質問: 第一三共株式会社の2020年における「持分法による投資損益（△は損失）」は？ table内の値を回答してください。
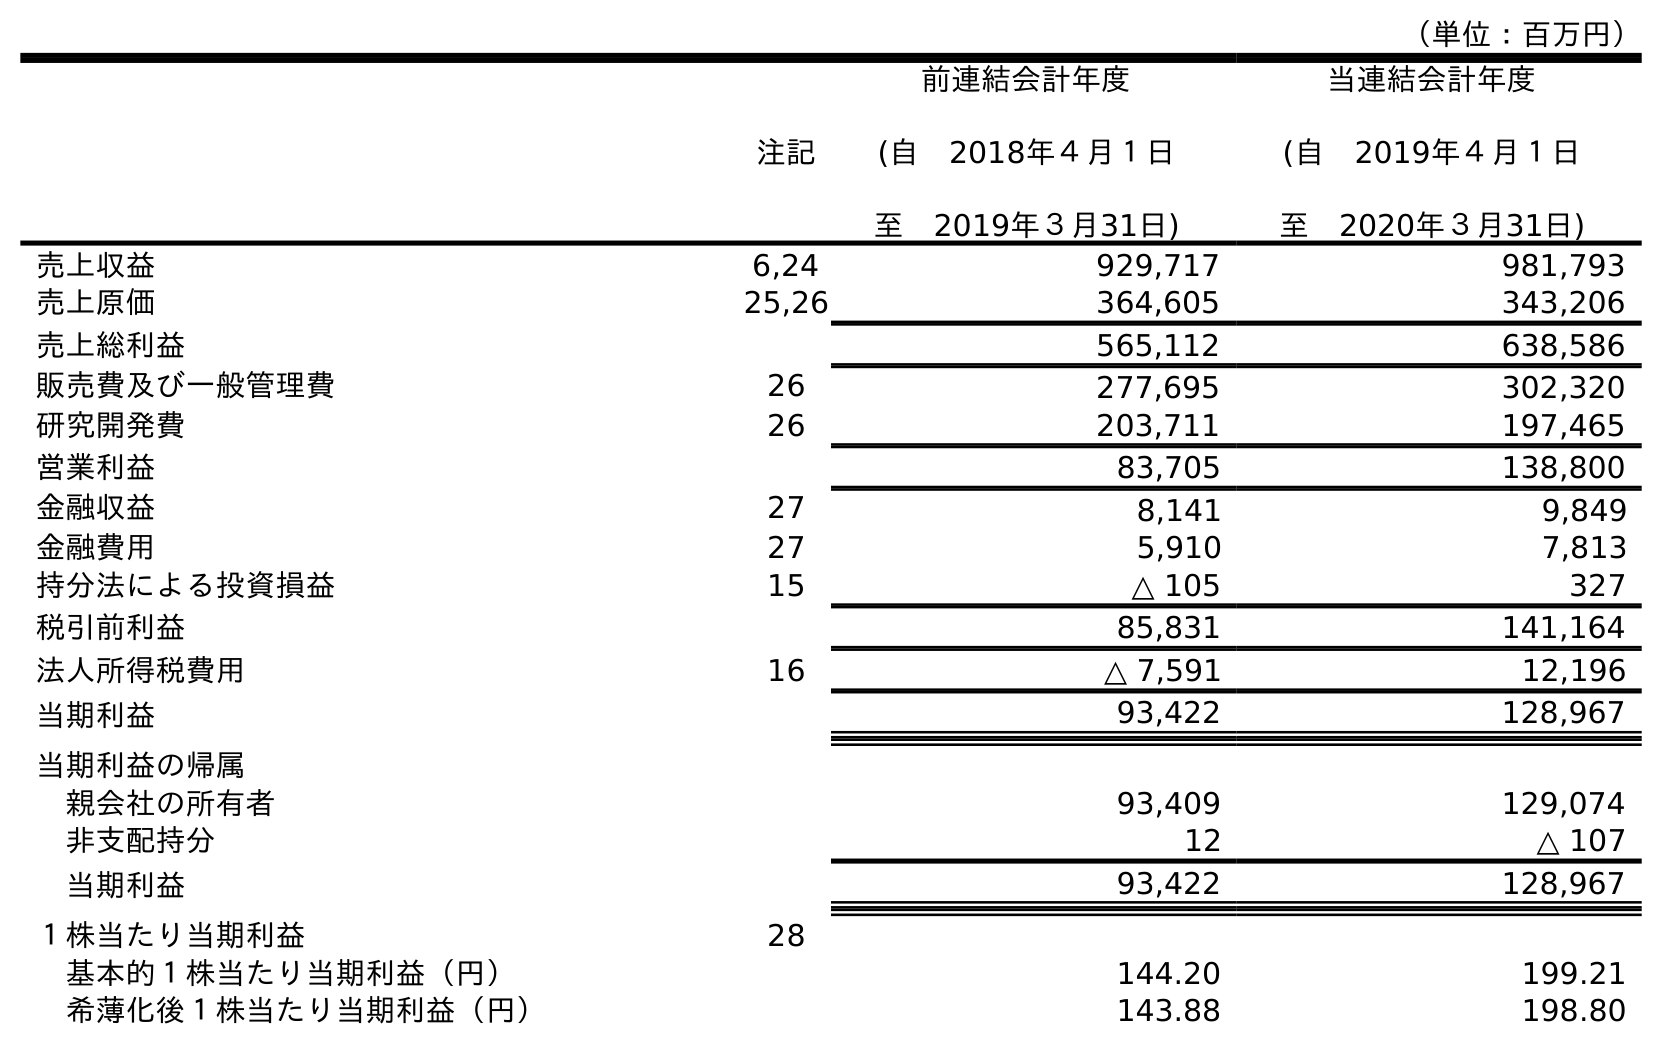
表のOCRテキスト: （単位：百万円） 注記 前連結会計年度 (自 2018年４月１日 至 2019年３月31日) 当連結会計年度 (自 2019年４月１日 至 2020年３月31日) 売上収益 6,24 929,717 981,793 売上原価 25,26 364,605 343,206 売上総利益 565,112 638,586 販売費及び一般管理費 26 277,695 302,320 研究開発費 26 203,711 197,465 営業利益 83,705 138,800 金融収益 27 8,141 9,849 金融費用 27 5,910 7,813 持分法による投資損益 15 △ 105 327 税引前利益 85,831 141,164 法人所得税費用 16 △ 7,591 12,196 当期利益 93,422 128,967 当期利益の帰属 親会社の所有者 93,409 129,074 非支配持分 12 △ 107 当期利益 93,422 128,967 １株当たり当期利益 28 基本的１株当たり当期利益（円） 144.20 199.21 希薄化後１株当たり当期利益（円） 143.88 198.80
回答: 327